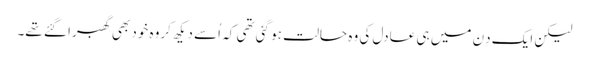
لیکن ایک دِن میں ہی عادل کی وہ حالت ہو گئی تھی کہ اُسے دیکھ کروہ خود بھی گھبرا گئے تھے۔